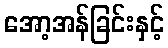
အော့အန်ခြင်းနှင့်